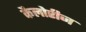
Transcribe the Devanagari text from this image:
कैलोरीज